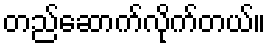
တည်ဆောက်လိုက်တယ်။